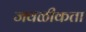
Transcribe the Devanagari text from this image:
जवळीकता